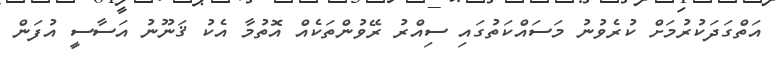
އަތްގަދަކުރުމަށް ކުރެވުނު މަސައްކަތުގައި ސިއްރު ރޭވުންތަކެއް އޮތުމާ އެކު ޤަނޫނު އަސާސީ އުފަން